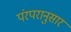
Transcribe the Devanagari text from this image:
पंरपरानुसार